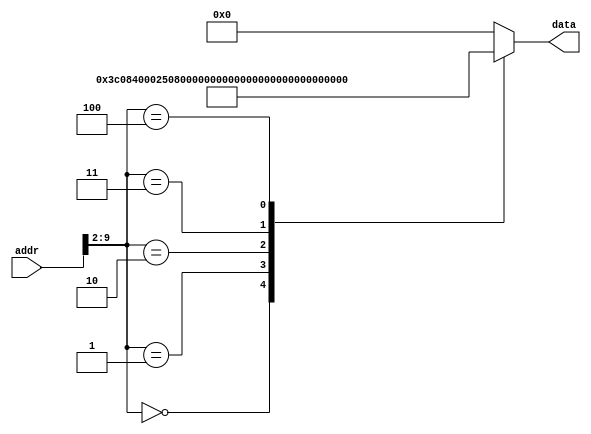
`timescale 1ns/1ps

module ROM (addr,data);
input [31:0] addr;
output [31:0] data;
reg [31:0] data;
localparam ROM_SIZE = 32;
reg [31:0] ROM_DATA[ROM_SIZE-1:0];

always@(*)
	case (addr[9:2])
			// lui $t0,0x4000
			8'd0:    data <= 32'h3c084000;
			// addiu $t0,$t0,0x000c
			8'd1:    data <= 32'h2508000c;
			// lw $a0,4($t0)
			8'd2:    data <= 32'h8d040004;
			// sw $a0,0($t0)
			8'd3:    data <= 32'had040000;
			// stop: j stop
			8'd4:    data <= 32'h08000004;
			default: data <= 32'h00000000;
		endcase
	/*
	case(addr[7:2])	//Address Must Be Word Aligned.
		0: data <= 32'h3c114000;
		1: data <= 32'h26310004;
		2: data <= 32'h241000aa;
		3: data <= 32'hae200000;
		4: data <= 32'h08100000;
		5: data <= 32'h0c000000;
		6: data <= 32'h00000000;
		7: data <= 32'h3402000a;
		8: data <= 32'h0000000c;
		9: data <= 32'h0000_0000;
		10: data <= 32'h0274_8825;
		11: data <= 32'h0800_0015;
		12: data <= 32'h0274_8820;
		13: data <= 32'h0800_0015;
		14: data <= 32'h0274_882A;
		15: data <= 32'h1011_0002;
		16: data <= 32'h0293_8822;
		17: data <= 32'h0800_0015;
		18: data <= 32'h0274_8822;
		19: data <= 32'h0800_0015; 
		20: data <= 32'h0274_8824;
		21: data <= 32'hae11_0003;
		22: data <= 32'h0800_0001;
	   default:	data <= 32'h0800_0000;
	endcase*/
endmodule